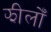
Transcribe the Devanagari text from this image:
झीलोँ